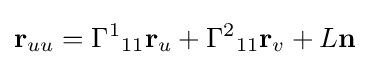
\mathbf {r} _{uu}={\Gamma ^{1}}_{11}\mathbf {r} _{u}+{\Gamma ^{2}}_{11}\mathbf {r} _{v}+L\mathbf {n}